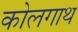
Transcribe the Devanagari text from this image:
कोलगाथ